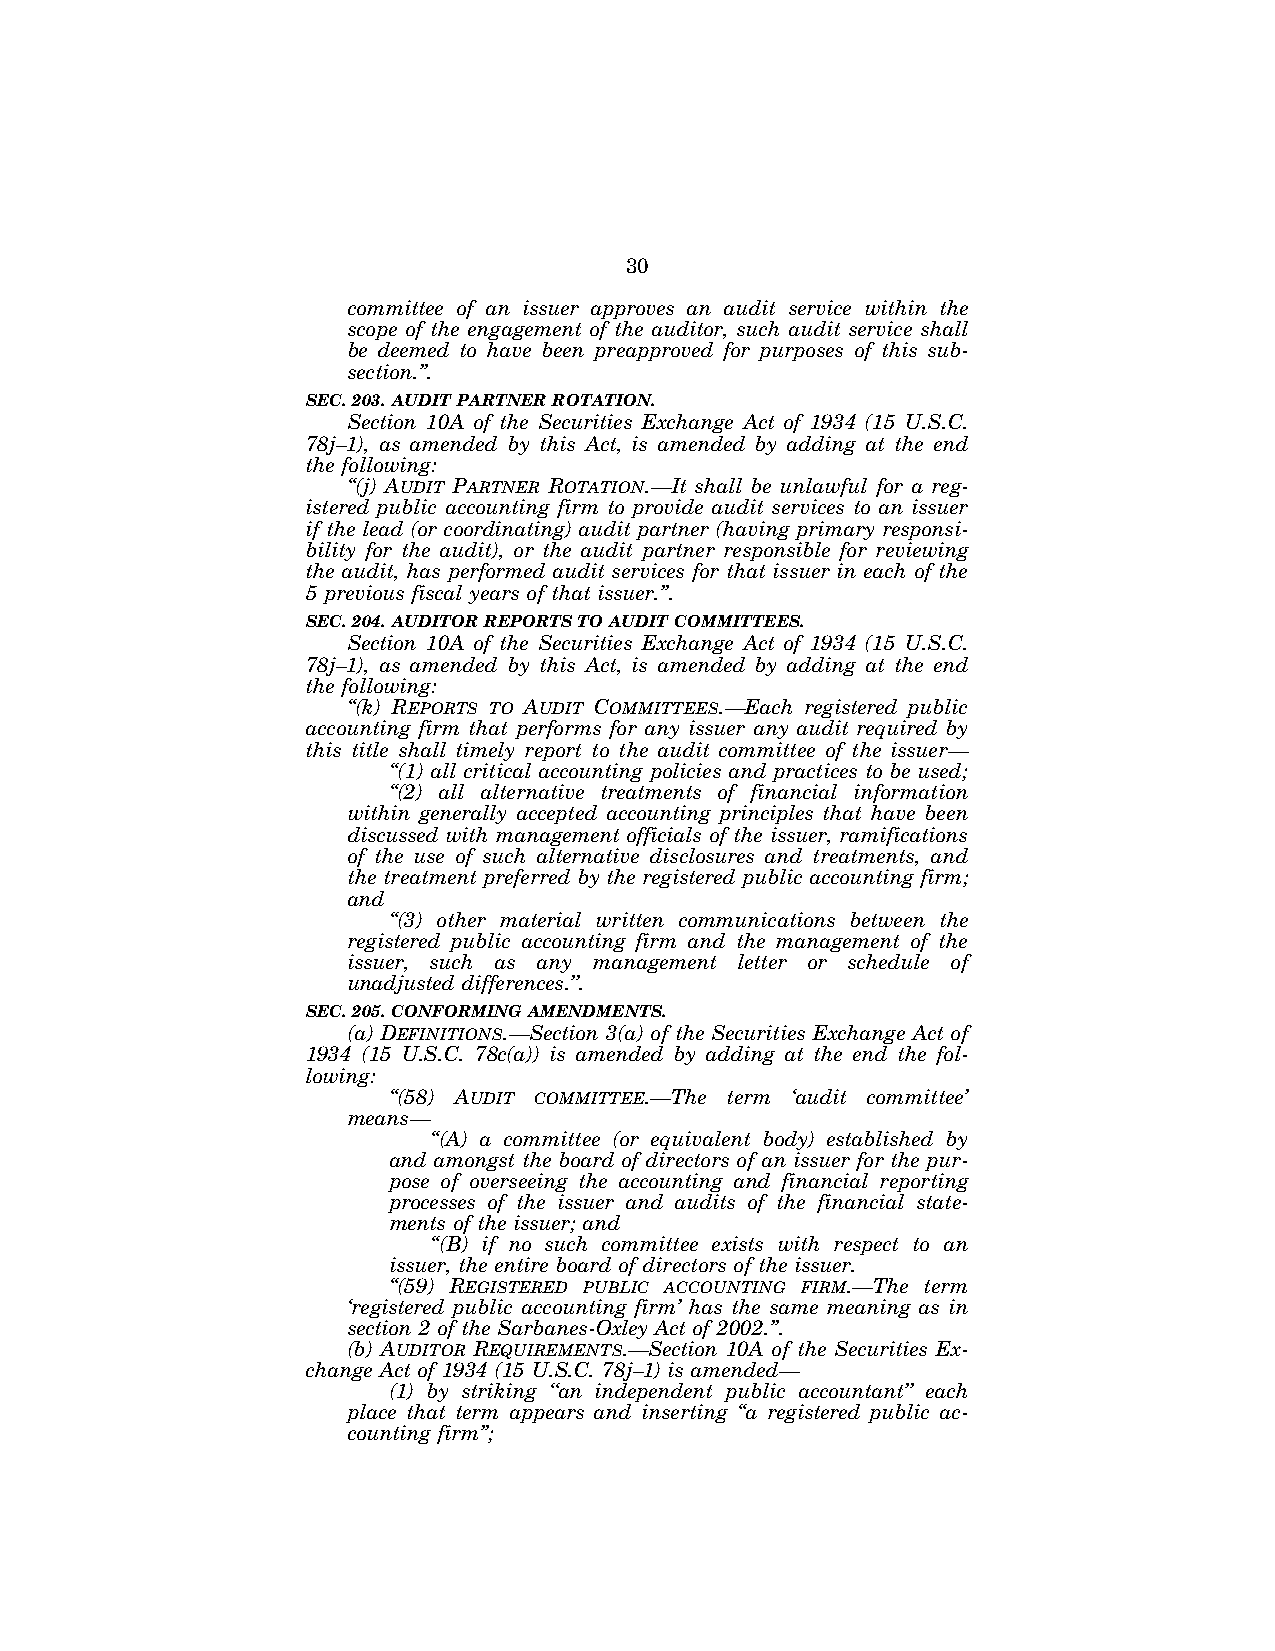
30
 committee of an issuer approves an audit service within the
 scope of the engagement of the auditor, such audit service shall
 be deemed to have been preapproved for purposes of this sub-
 section.’’.
 SEC. 203. AUDIT PARTNER ROTATION.
 Section 10A of the Securities Exchange Act of 1934 (15 U.S.C.
 78j–1), as amended by this Act, is amended by adding at the end
 the following:
 ‘‘(j) AUDIT PARTNER ROTATION.—It shall be unlawful for a reg-
 istered public accounting firm to provide audit services to an issuer
 if the lead (or coordinating) audit partner (having primary responsi-
 bility for the audit), or the audit partner responsible for reviewing
 the audit, has performed audit services for that issuer in each of the
 5 previous fiscal years of that issuer.’’.
 SEC. 204. AUDITOR REPORTS TO AUDIT COMMITTEES.
 Section 10A of the Securities Exchange Act of 1934 (15 U.S.C.
 78j–1), as amended by this Act, is amended by adding at the end
 the following:
 ‘‘(k) REPORTS TO AUDIT COMMITTEES.—Each registered public
 accounting firm that performs for any issuer any audit required by
 this title shall timely report to the audit committee of the issuer—
 ‘‘(1) all critical accounting policies and practices to be used;
 ‘‘(2) all alternative treatments of financial information
 within generally accepted accounting principles that have been
 discussed with management officials of the issuer, ramifications
 of the use of such alternative disclosures and treatments, and
 the treatment preferred by the registered public accounting firm;
 and
 ‘‘(3) other material written communications between the
 registered public accounting firm and the management of the
 issuer, such as any management letter or schedule of
 unadjusted differences.’’.
 SEC. 205. CONFORMING AMENDMENTS.
 (a) DEFINITIONS.—Section 3(a) of the Securities Exchange Act of
 1934 (15 U.S.C. 78c(a)) is amended by adding at the end the fol-
 lowing:
 ‘‘(58) AUDIT COMMITTEE.—The term ‘audit committee’
 means—
 ‘‘(A) a committee (or equivalent body) established by
 and amongst the board of directors of an issuer for the pur-
 pose of overseeing the accounting and financial reporting
 processes of the issuer and audits of the financial state-
 ments of the issuer; and
 ‘‘(B) if no such committee exists with respect to an
 issuer, the entire board of directors of the issuer.
 ‘‘(59) REGISTERED PUBLIC ACCOUNTING FIRM.—The term
 ‘registered public accounting firm’ has the same meaning as in
 section 2 of the Sarbanes-Oxley Act of 2002.’’.
 (b) AUDITOR REQUIREMENTS.—Section 10A of the Securities Ex-
 change Act of 1934 (15 U.S.C. 78j–1) is amended—
 (1) by striking ‘‘an independent public accountant’’ each
 place that term appears and inserting ‘‘a registered public ac-
 counting firm’’;
 VerDate Jul 19 2002 16:35 Jul 25, 2002 Jkt 080361 PO 00000 Frm 00030 Fmt 6659 Sfmt 6603 E:\HR\OC\HR610.XXX pfrm15 PsN: HR610